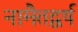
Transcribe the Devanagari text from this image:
नामैतद्वर्ष